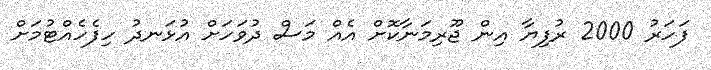
ފަހަރު 2000 ރުފިޔާ އިން ޖޫރިމަނާކޮށް އެއް މަސް ދުވަހަށް އުޅަނދު ހިފެހެއްޓުމަށް